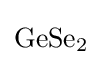
{\mathrm {GeSe} {\vphantom {A}}_{\smash[{t}]{2}}}